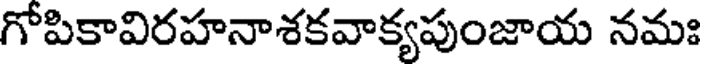
గోపికావిరహనాశకవాక్యపుంజాయ నమః